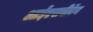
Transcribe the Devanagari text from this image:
आईएसबीऍन